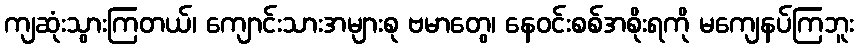
ကျဆုံးသွားကြတယ်၊ ကျောင်းသားအများစု ဗမာတွေ၊ နေဝင်းစစ်အစိုးရကို မကျေနပ်ကြဘူး